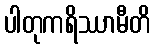
ပါတုကရိဿာမီတိ